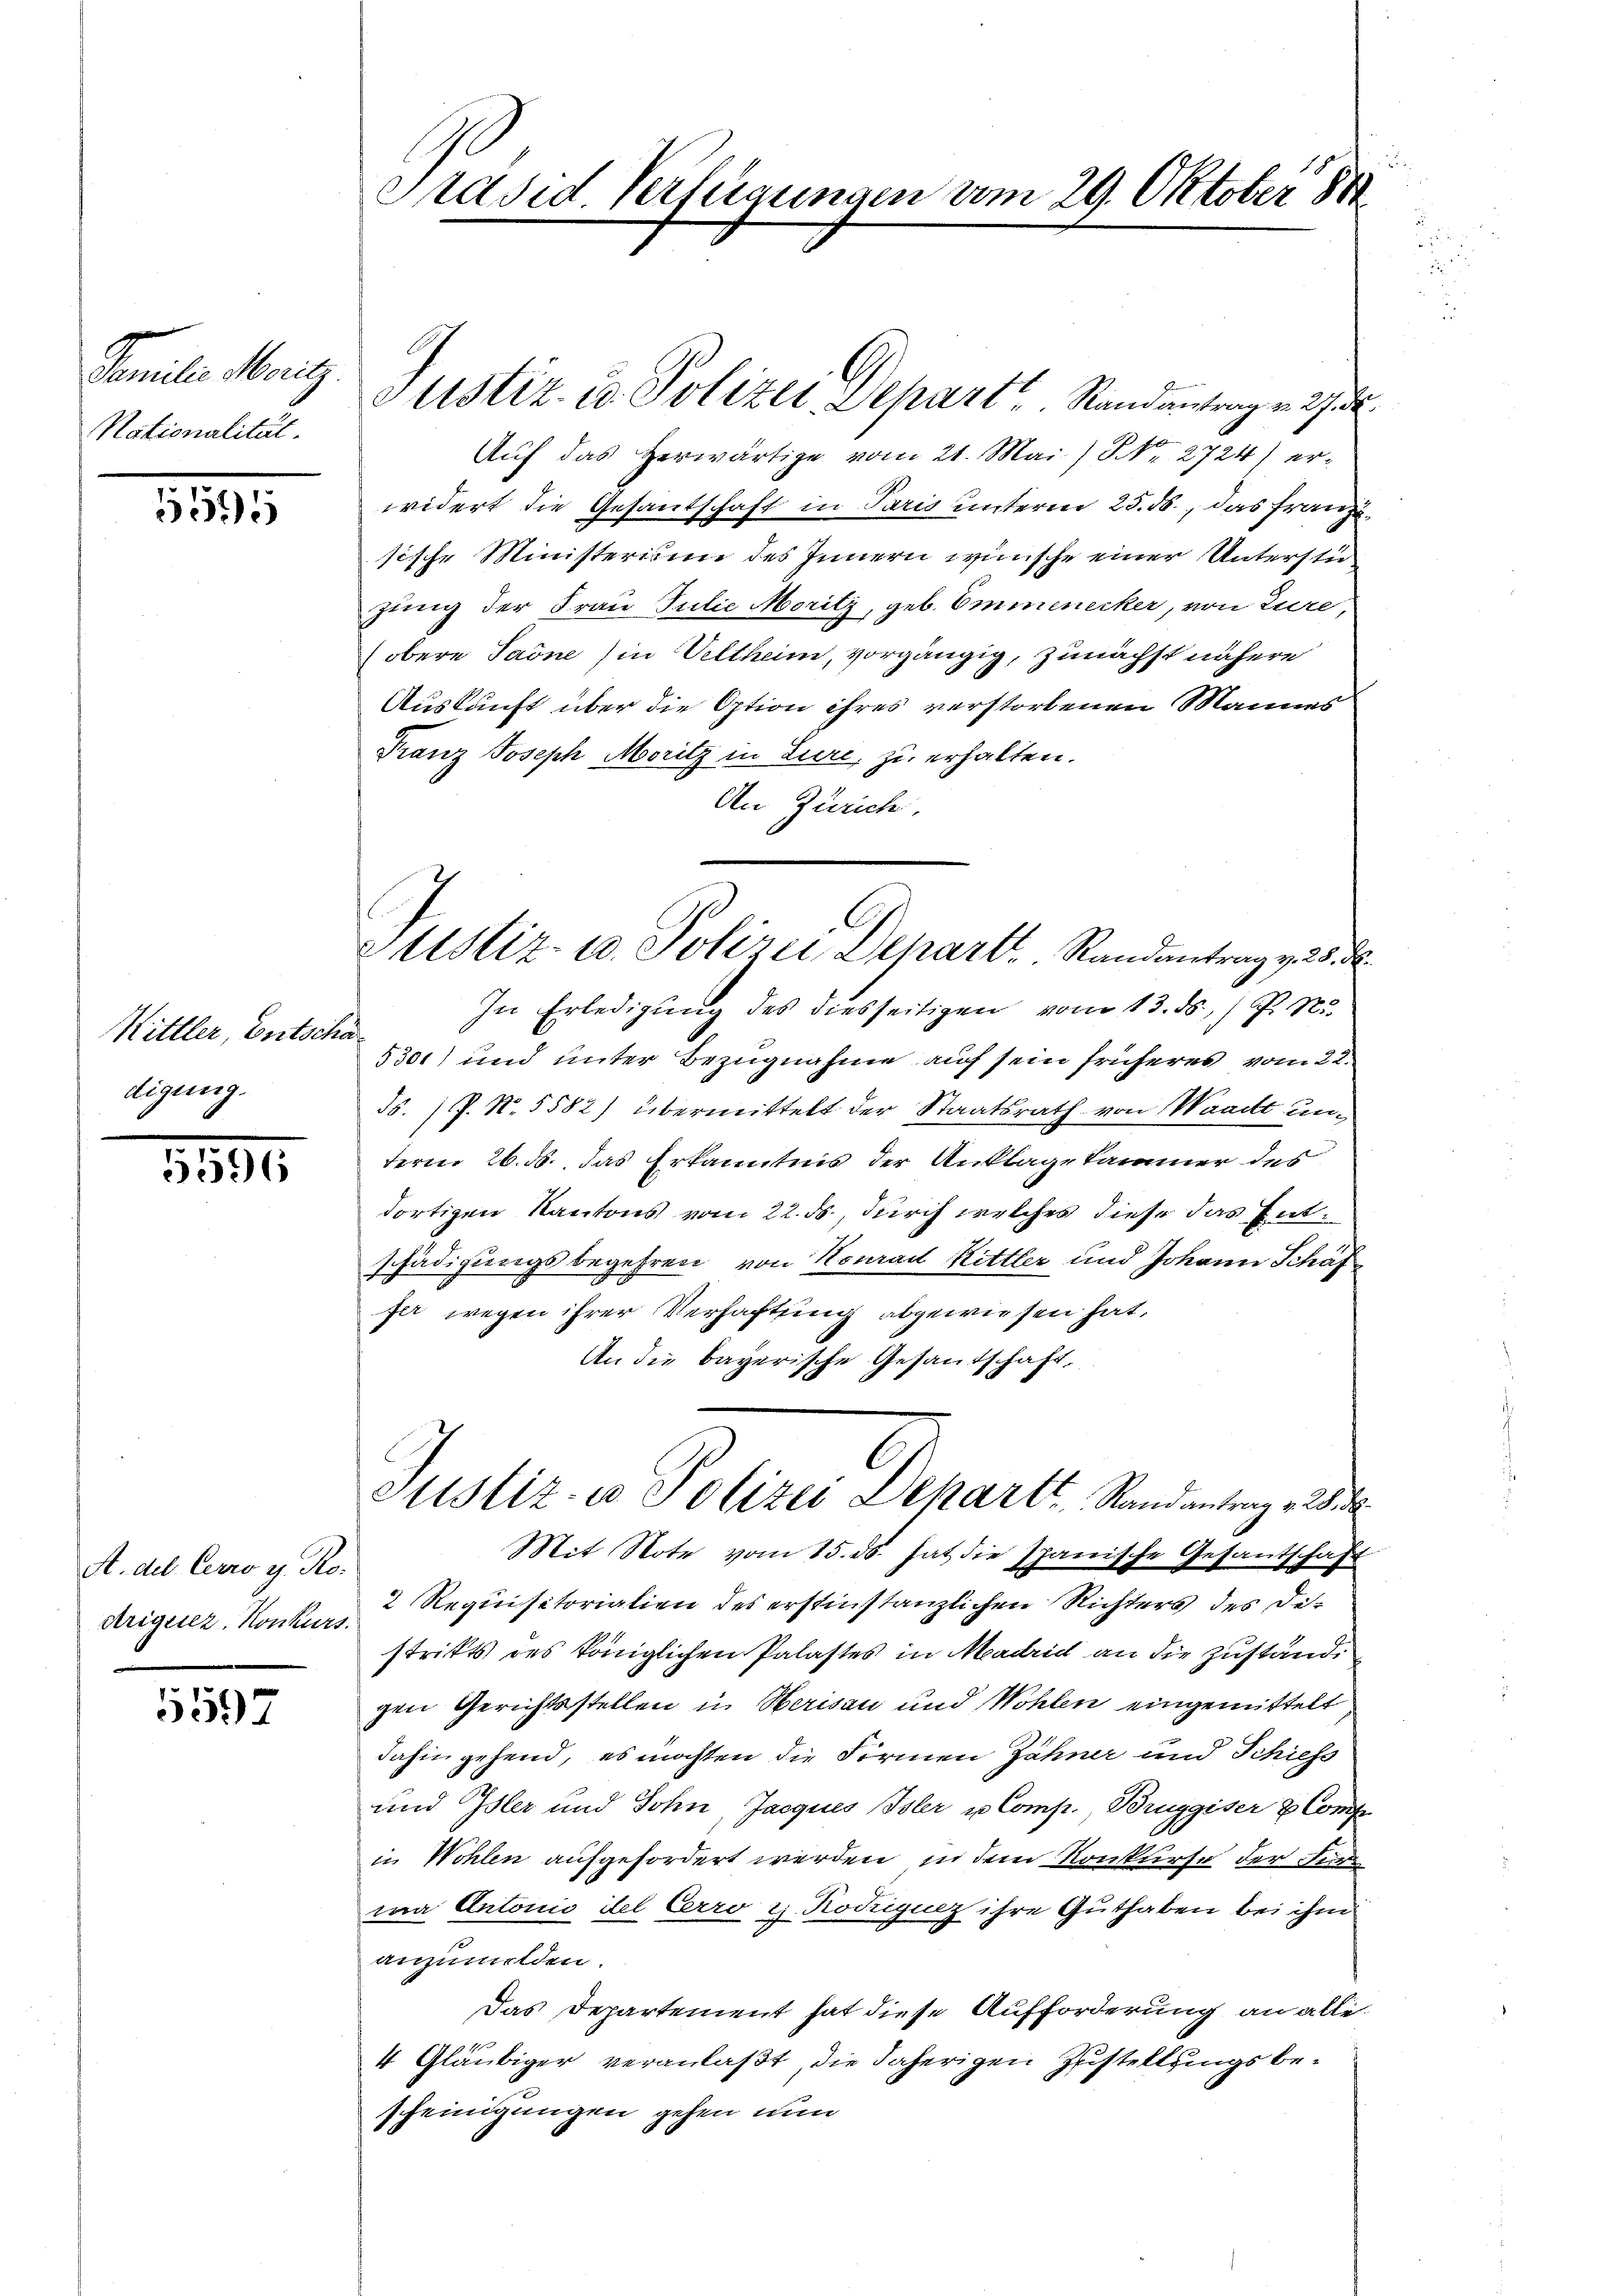
Famile Moritz
Nationalität.

5595

Kittler, Entscha
digung.

5596

A. del Cero v. Ro.
Ariguez. Konkurs.

5597

Prased Verschungen vom 29. Oktober 18

Justiz in Polizei Depart Standantenge de
Auf das herwärtige vom 21. Mai) S. Nr. 2724) erwidert die Gesandschaft in Paris unterm 25. ds., das Franz
sische Ministerium des Innern wünsche einer Unterstüzung der Frau Julie Moritz, geb. Emmenecker, von Zure,
obere Sarne (in Veltheim, vorgängig, zunächst nähere
Auskunft über die Option ihres verstorbenen Mannes
Franz Joseph Moritz in Lure, zu erhalten.
An Zürich.
In Erledigung des diesseitigen vom 13. ds. / P. Nr.
5301) und unter Bezugnahme auf sein früheres vom 22.
55. P. N. 5582) übermittelt der Staatsrath von Waadt unterm 26. ds. das Erkanntnis der Anklage kammer des
dortigen Kantons vom 22. ds., durch welches diese das Entschädigungsbegehren, von Konrad Rittler und Johann Schäf
fer wegen ihrer Verhaftung abgewiesen hat,
An die bayerische Gesantschaft,
Justiz- u Polizei Dechart, Randantrag v. d
Mit Note vom 15. ds. hat die spanische Gesantschaft
2 Requisitorialien des erstinstanzlichen Richters des Distritts des königlichen Palastes in Madrid an die Zustandi
gen Gerichtsstellen in Herisau und Wohlen eingemittelt
dahingehend, es möchten die Firmen Zähner und Schiess
und Isler und Sohn, Jacques Isler u Comp., Bruggiser & Comp
in Wohlen aufgefordert werden, in dem Konkurse der Fein
wa Antonio del Cerro 2. Rodiquez ihre Guthaben bei ihm
anzumelden.
Das Departement hat diese Aufforderung an alle
4 Gläubiger veranlaßt, die daherigen Zustellungsbescheinigungen gehen nun

Justiz- u. Polizei Depart. Randantrag v. 25. d